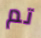
تم